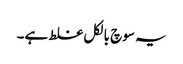
یہ سوچ بالکل غلط ہے۔